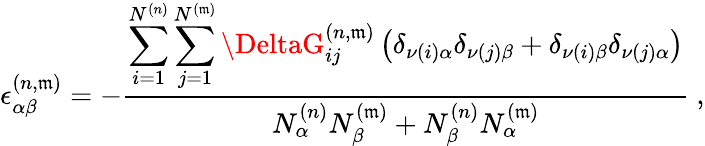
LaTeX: \epsilon_{\alpha\beta}^{(n,\mathfrak{m})}=-\frac{{\displaystyle\sum_{i=1}^{N^{(n)}}\sum_{j=1}^{N^{(\mathfrak{m})}}\DeltaG_{ij}^{(n,\mathfrak{m})}\left(\delta_{\nu(i)\alpha}\delta_{\nu(j)\beta}+\delta_{\nu(i)\beta}\delta_{\nu(j)\alpha}\right)}}{{N_{\alpha}^{(n)}N_{\beta}^{(\mathfrak{m})}+N_{\beta}^{(n)}N_{\alpha}^{(\mathfrak{m})}}}~,